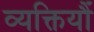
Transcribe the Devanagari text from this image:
व्यक्तियौं